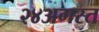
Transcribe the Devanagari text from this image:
२४अगस्त